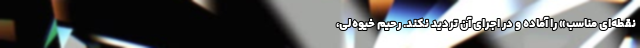
نقطه‌ای مناسب» را آماده و در اجرای آن تردید نکند. رحیم‌ خیوه‌لی،